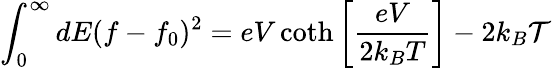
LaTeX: \int_{0}^{\infty}dE(f-f_{0})^{2}=eV\coth\left[\frac{eV}{2k_{B}T}\right]-2k_{B}\mathcal{T}